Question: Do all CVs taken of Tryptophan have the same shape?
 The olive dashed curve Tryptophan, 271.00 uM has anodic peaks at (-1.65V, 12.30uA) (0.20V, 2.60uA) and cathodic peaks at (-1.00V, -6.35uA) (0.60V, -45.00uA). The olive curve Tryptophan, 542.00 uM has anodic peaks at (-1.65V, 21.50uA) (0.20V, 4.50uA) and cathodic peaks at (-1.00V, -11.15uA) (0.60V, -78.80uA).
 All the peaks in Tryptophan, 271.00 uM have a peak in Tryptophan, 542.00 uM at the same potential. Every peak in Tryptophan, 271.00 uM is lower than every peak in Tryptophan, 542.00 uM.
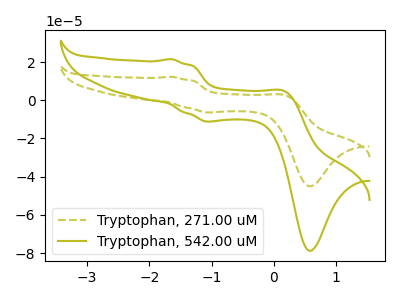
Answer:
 <answer>All the CV's of "Tryptophan" have similar shape.</answer>
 <eval>follow_rule</eval>